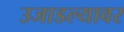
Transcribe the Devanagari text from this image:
उजाडल्यावर